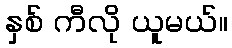
နှစ် ကီလို ယူမယ်။